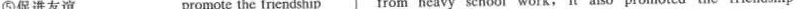
⑤促进友谊 promote the friendship from heavy school work,it also promoted the friendship